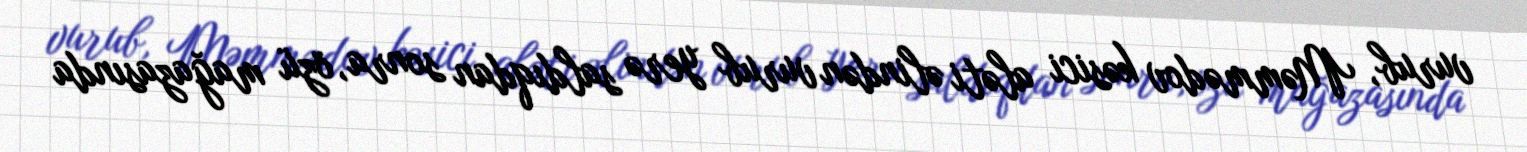
vurub, Məmmədov kəsici aləti əlindən vurub yerə saldıqdan sonra, özü mağazasında